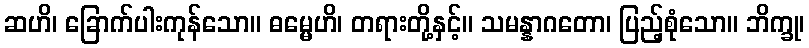
ဆဟိ၊ ခြောက်ပါးကုန်သော။ ဓမ္မေဟိ၊ တရားတို့နှင့်။ သမန္နာဂတော၊ ပြည့်စုံသော။ ဘိက္ခု၊